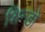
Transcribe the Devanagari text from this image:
शिन्डो